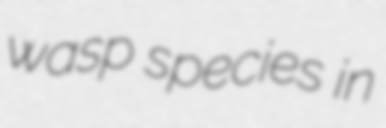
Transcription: wasp species in